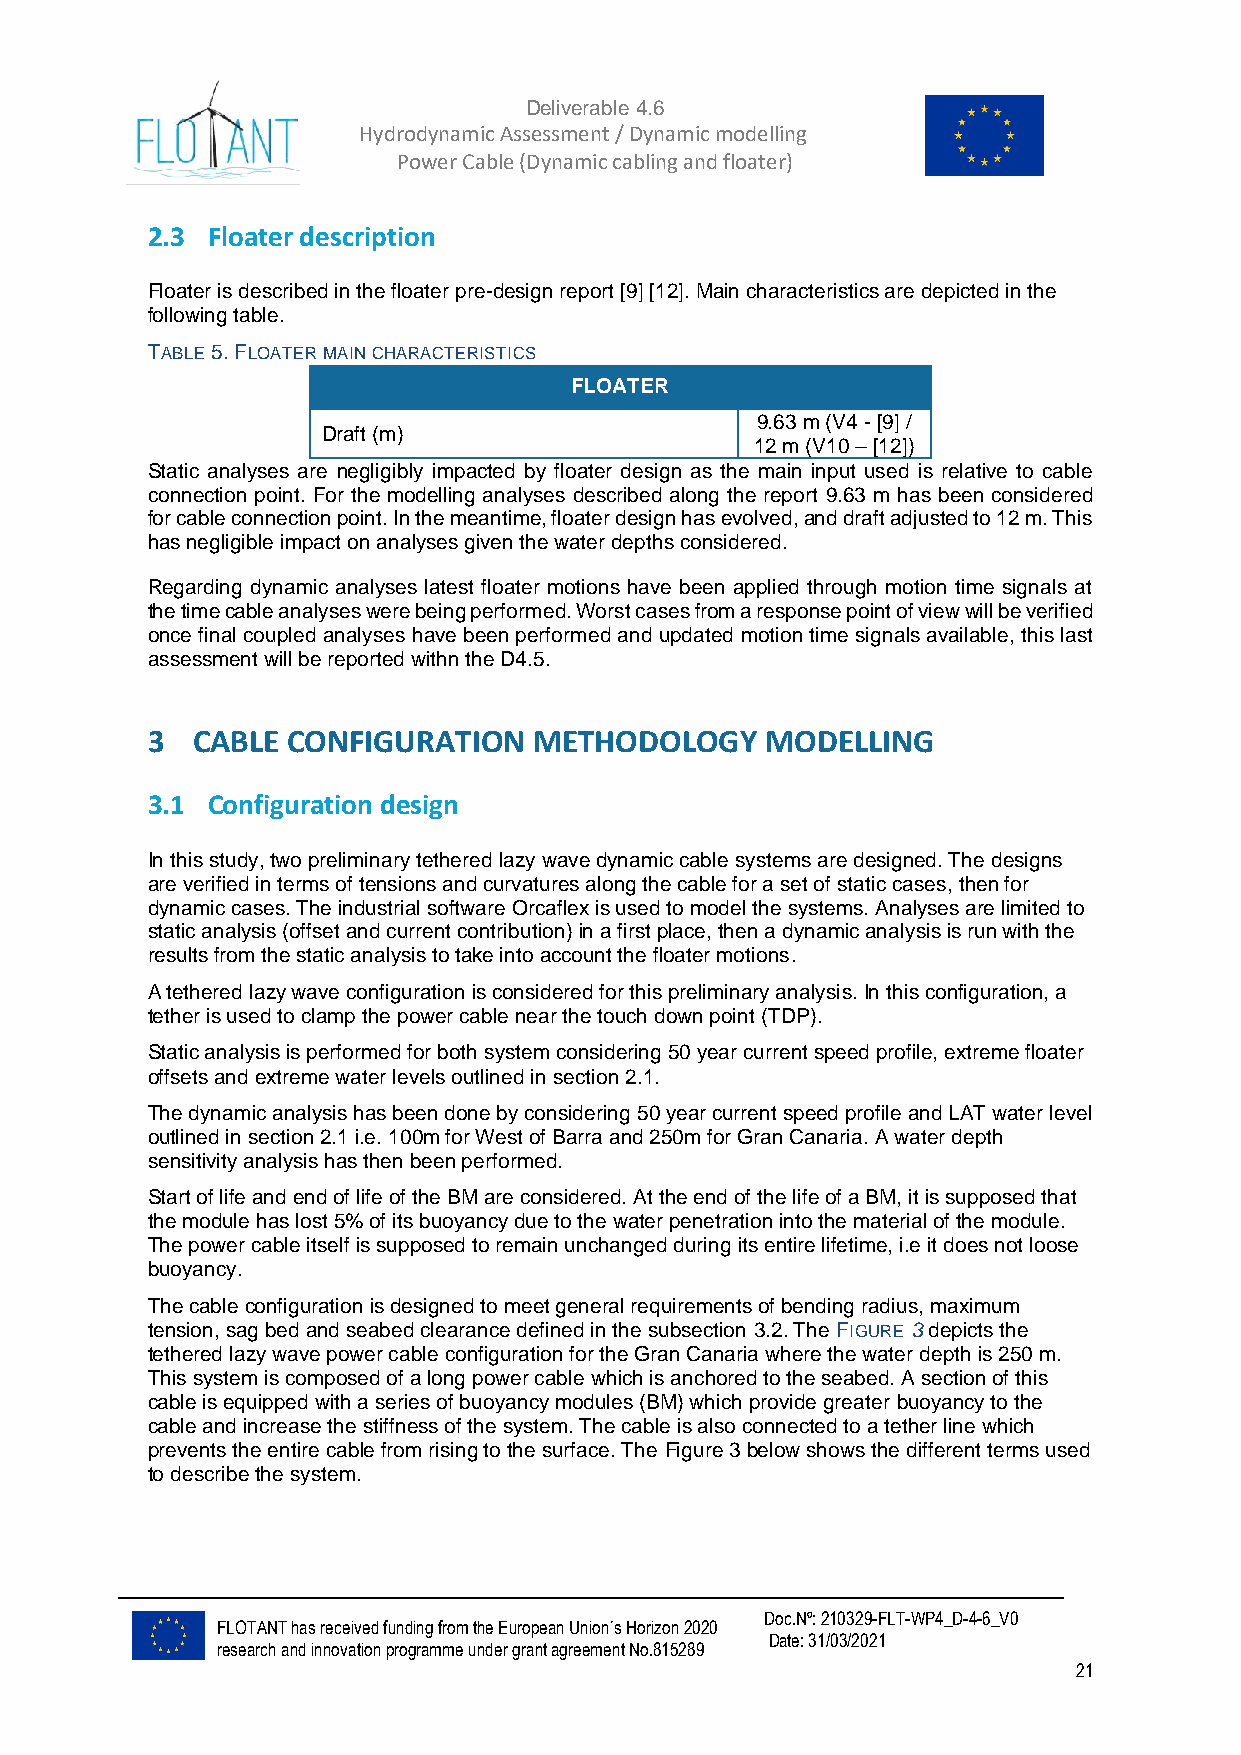
Deliverable 4.6
 Hydrodynamic Assessment / Dynamic modelling of
 Power Cable (Dynamic cabling and floater)
 2.3 Floater description
 Floater is described in the floater pre-design report [9] [12]. Main characteristics are depicted in the
 following table.
 TABLE 5. FLOATER MAIN CHARACTERISTICS
 FLOATER
 9.63 m (V4 - [9] /
 Draft (m)
 12 m (V10 – [12])
 Static analyses are negligibly impacted by floater design as the main input used is relative to cable
 connection point. For the modelling analyses described along the report 9.63 m has been considered
 for cable connection point. In the meantime, floater design has evolved, and draft adjusted to 12 m. This
 has negligible impact on analyses given the water depths considered.
 Regarding dynamic analyses latest floater motions have been applied through motion time signals at
 the time cable analyses were being performed. Worst cases from a response point of view will be verified
 once final coupled analyses have been performed and updated motion time signals available, this last
 assessment will be reported withn the D4.5.
 3  CABLE CONFIGURATION   METHODOLOGY     MODELLING
 3.1 Configuration design
 In this study, two preliminary tethered lazy wave dynamic cable systems are designed. The designs
 are verified in terms of tensions and curvatures along the cable for a set of static cases, then for
 dynamic cases. The industrial software Orcaflex is used to model the systems. Analyses are limited to
 static analysis (offset and current contribution) in a first place, then a dynamic analysis is run with the
 results from the static analysis to take into account the floater motions.
 A tethered lazy wave configuration is considered for this preliminary analysis. In this configuration, a
 tether is used to clamp the power cable near the touch down point (TDP).
 Static analysis is performed for both system considering 50 year current speed profile, extreme floater
 offsets and extreme water levels outlined in section 2.1.
 The dynamic analysis has been done by considering 50 year current speed profile and LAT water level
 outlined in section 2.1 i.e. 100m for West of Barra and 250m for Gran Canaria. A water depth
 sensitivity analysis has then been performed.
 Start of life and end of life of the BM are considered. At the end of the life of a BM, it is supposed that
 the module has lost 5% of its buoyancy due to the water penetration into the material of the module.
 The power cable itself is supposed to remain unchanged during its entire lifetime, i.e it does not loose
 buoyancy.
 The cable configuration is designed to meet general requirements of bending radius, maximum
 tension, sag bed and seabed clearance defined in the subsection 3.2. The FIGURE 3 depicts the
 tethered lazy wave power cable configuration for the Gran Canaria where the water depth is 250 m.
 This system is composed of a long power cable which is anchored to the seabed. A section of this
 cable is equipped with a series of buoyancy modules (BM) which provide greater buoyancy to the
 cable and increase the stiffness of the system. The cable is also connected to a tether line which
 prevents the entire cable from rising to the surface. The Figure 3 below shows the different terms used
 to describe the system.
 Doc.Nº: 210329-FLT-WP4_D-4-6_V0
 FLOTANT has received funding from the European Union´s Horizon 2020
 Date: 31/03/2021
 research and innovation programme under grant agreement No.815289
 21